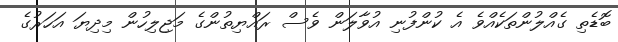
ބޮޑެތި ގެއްލުންތަކެއްވެ އެ ކުންފުނި އުވާލަން ވެސް ރައްޔިތުންގެ މަޖިލިހުން މިދިޔަ އަހަރުގެ